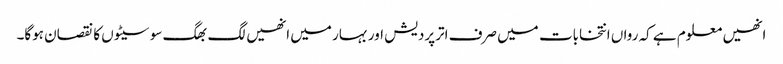
انھیں معلوم ہے کہ رواں انتخابات میں صرف اترپردیش اور بہار میں انھیں لگ بھگ سو سیٹوں کا نقصان ہوگا۔